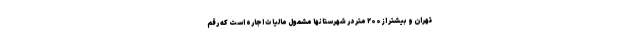
تهران و بیشتر از ۲۰۰ متر در شهرستانها مشمول مالیات اجاره است که رقم